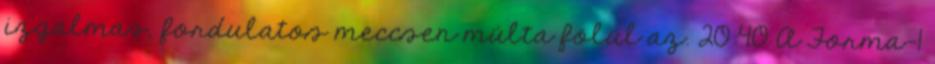
izgalmas, fordulatos meccsen múlta fölül az. 20:40 A Forma-1